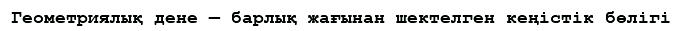
Геометриялық дене — барлық жағынан шектелген кеңістік бөлігі